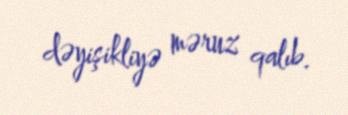
dəyişikliyə məruz qalıb.